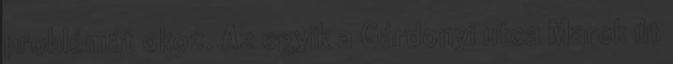
problémát okoz. Az egyik a Gárdonyi utca Marek út